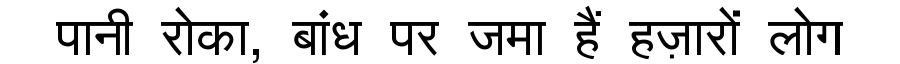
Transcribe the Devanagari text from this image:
पानी रोका, बांध पर जमा हैं हज़ारों लोग